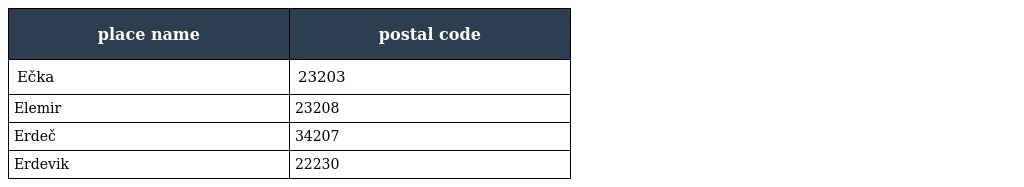
| place name | postal code |
 | --- | --- |
 | Ečka | 23203 |
 | Elemir | 23208 |
 | Erdeč | 34207 |
 | Erdevik | 22230 |